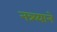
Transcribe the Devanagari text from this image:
नन्न्य्याने